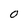
Character: O